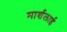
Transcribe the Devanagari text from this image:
मार्शलाई